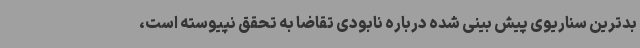
بدترین سناریوی پیش بینی شده درباره نابودی تقاضا به تحقق نپیوسته است،